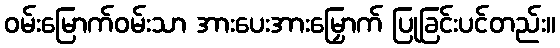
ဝမ်းမြောက်ဝမ်းသာ အားပေးအားမြှောက် ပြုခြင်းပင်တည်း။